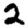
Digit: 2